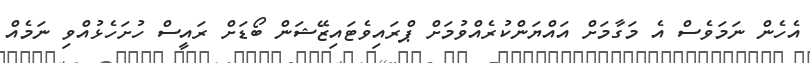
އެހެން ނަމަވެސް އެ މަގާމަށް އައްޔަންކުރެއްވުމަށް ޕްރައިވެޓައިޒޭޝަން ބޯޑަށް ރައީސް ހުށަހެޅުއްވި ނަމެއް